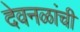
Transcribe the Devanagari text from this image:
देवनळांची